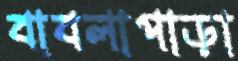
বাবলাপাড়া